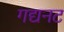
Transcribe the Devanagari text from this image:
गद्यनट